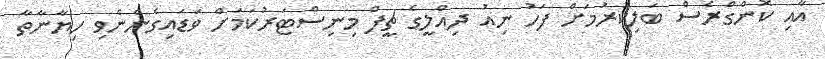
އާއި ކޮންގްރެސް ބަލިކުރުމަށް ފަހު ނިއު ދިއްލީގެ ޗީފް މިނިސްޓަރުކަމަށް ވަޑައިގެންނެވި ހިޔާނާތާ